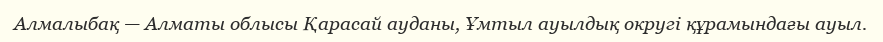
Алмалыбақ — Алматы облысы Қарасай ауданы, Ұмтыл ауылдық округі құрамындағы ауыл.